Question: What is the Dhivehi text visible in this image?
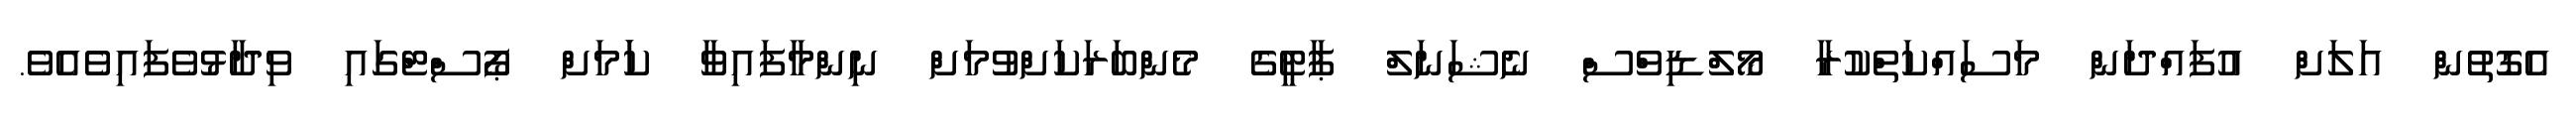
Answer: އެގޮތުން އަލަށް އުފައްދަން މަސައްކަތްކުރާ މޯލްޑިވްސް ނެޝަނަލް ޕާޓީގެ މެންބަރަކަށްވުމަށް ނިންމާފައިވާ ކަަމަށް ޕޯސްޓްގައި ވިދާޅުވެފައިވެއެވެ.